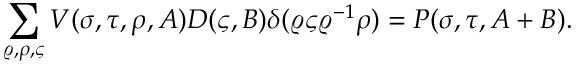
\sum _ { \varrho , \rho , \varsigma } V ( \sigma , \tau , \rho , A ) D ( \varsigma , B ) \delta ( \varrho \varsigma \varrho ^ { - 1 } \rho ) = P ( \sigma , \tau , A + B ) .